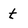
Character: t